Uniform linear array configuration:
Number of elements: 24
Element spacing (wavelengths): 1
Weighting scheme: blackman
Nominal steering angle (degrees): -30
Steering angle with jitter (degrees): -30.792
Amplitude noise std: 0.05
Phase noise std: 0.05

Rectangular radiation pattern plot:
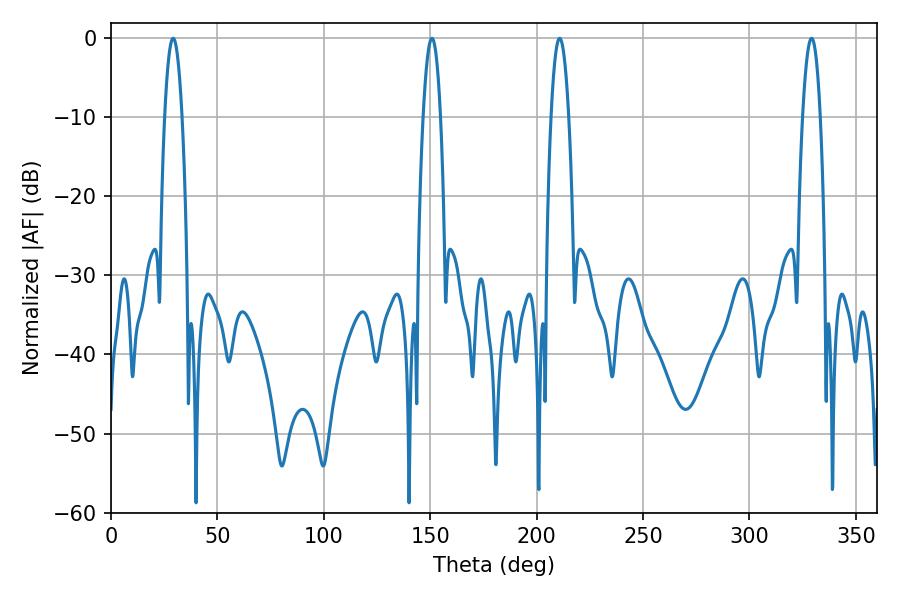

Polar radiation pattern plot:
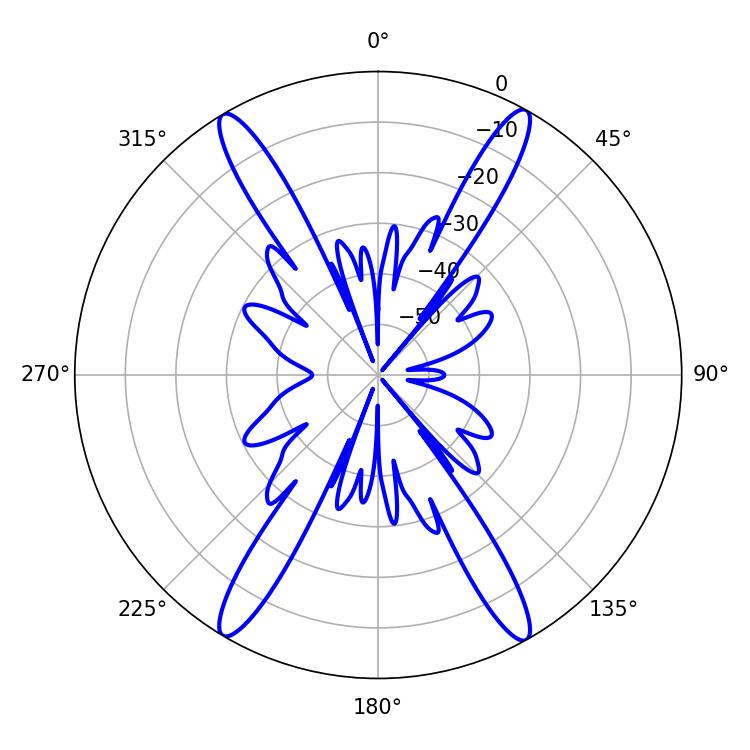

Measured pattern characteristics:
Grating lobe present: TRUE
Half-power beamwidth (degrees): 4.5
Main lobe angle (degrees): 210.78